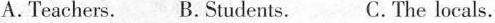
A. Teachers. B. Students. C.The locals.